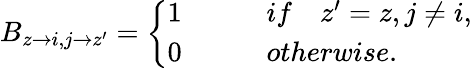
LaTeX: \begin{array}{r}{B_{z\rightarrow i,j\rightarrow z^{\prime}}=\left\{ \begin{array}{rl}{1\qquad}&{{}if\quad z^{\prime}=z,j\neq i,}\\ {0\qquad}&{{}otherwise.}\end{array}\right.}\end{array}